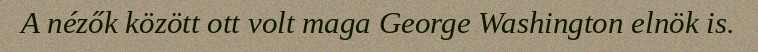
A nézők között ott volt maga George Washington elnök is.